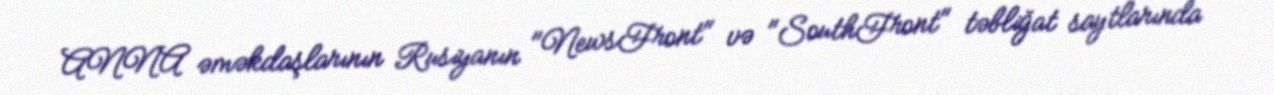
ANNA əməkdaşlarının Rusiyanın "NewsFront" və "SouthFront" təbliğat saytlarında